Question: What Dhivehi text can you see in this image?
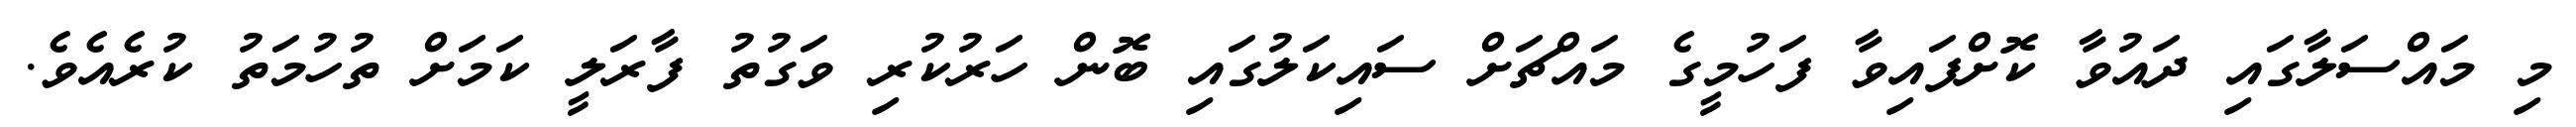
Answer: މި މައްސަލާގައި ދައުވާ ކޮށްފައިވާ ފަހުމީގެ މައްޗަށް ސައިކަލުގައި ބޮން ހަރުކުރި ވަގުތު ފާރަލީ ކަމަށް ތުހުމަތު ކުރެއެވެ.